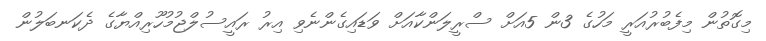
މިގޮތުން މިފެބުރުއަރީ މަހުގެ 3ން 5އަށް ސްރީލަންކާއަށް ވަޑައިގެންނެވި އިރު ރައީސުލްޖުމުހޫރިއްޔާގެ ދެކަނބަލުން